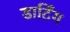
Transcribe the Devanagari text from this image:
डार्टिंग